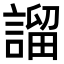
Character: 𧪭